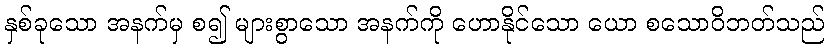
နှစ်ခုသော အနက်မှ စ၍ များစွာသော အနက်ကို ဟောနိုင်သော ယော စသောဝိဘတ်သည်